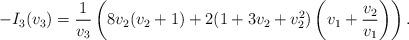
LaTeX: \begin{align*}-I_3(v_3)=\frac{1}{v_3}\left(8v_2(v_2+1)+2(1+3v_2+v_2^2)\left(v_1+\frac{v_2}{v_1}\right)\right).\end{align*}